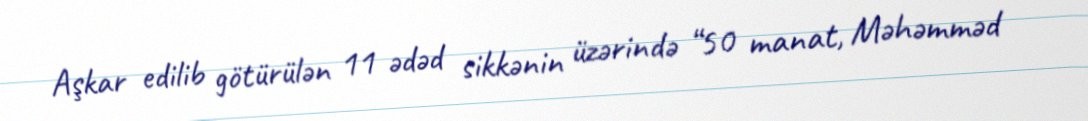
Aşkar edilib götürülən 11 ədəd sikkənin üzərində “50 manat, Məhəmməd